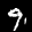
Label: 9